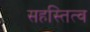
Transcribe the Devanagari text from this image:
सहस्तित्व